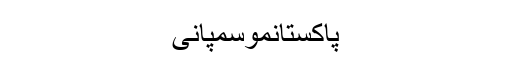
پاکستانموسمپانی